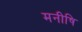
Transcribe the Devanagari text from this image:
मनीषि